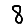
Digit: 8